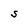
Character: S